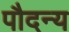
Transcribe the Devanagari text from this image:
पौदन्य